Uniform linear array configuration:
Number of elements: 32
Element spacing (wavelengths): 1
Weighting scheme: cosine
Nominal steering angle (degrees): -30
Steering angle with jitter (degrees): -31.994
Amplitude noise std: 0.05
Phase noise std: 0.05

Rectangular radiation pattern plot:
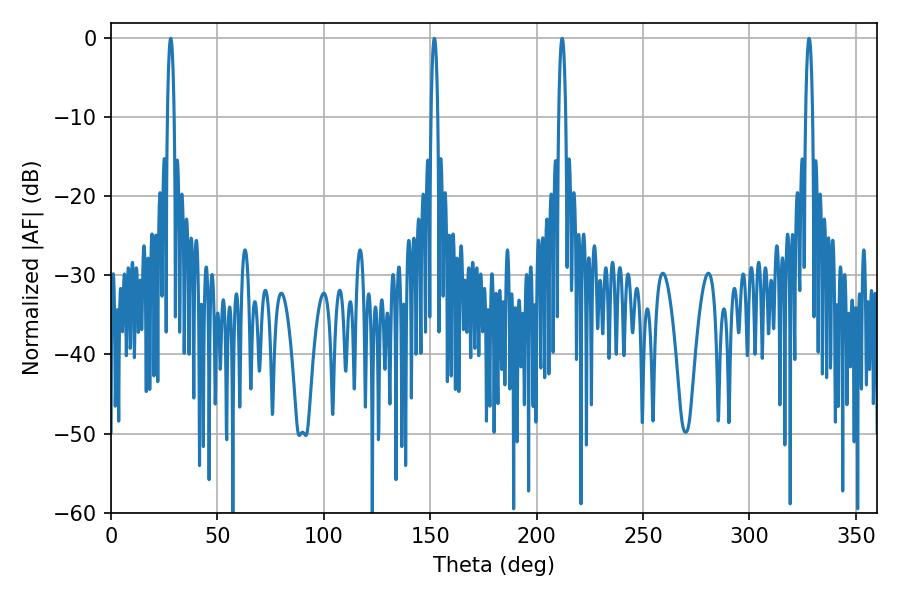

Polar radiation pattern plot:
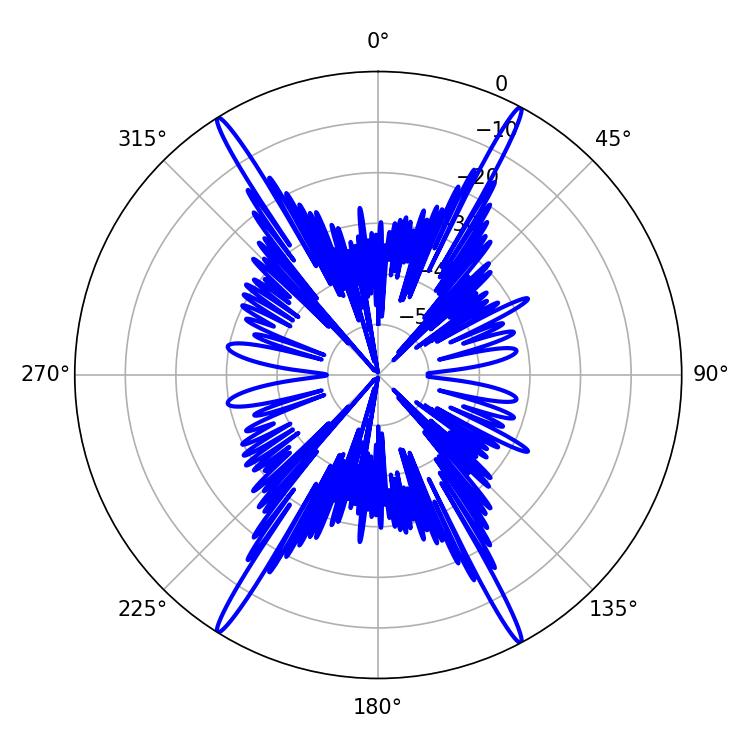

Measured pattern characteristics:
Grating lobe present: TRUE
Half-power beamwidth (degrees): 1.8
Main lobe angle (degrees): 151.92